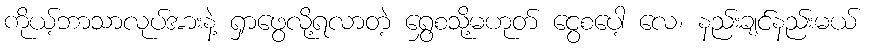
ကိုယ့်ဘာသာလုပ်အားနဲ့ ရှာဖွေလို့ရလာတဲ့ ရွှေစသို့မဟုတ် ငွေစပေါ့ လေ၊ နည်းချင်နည်းမယ်